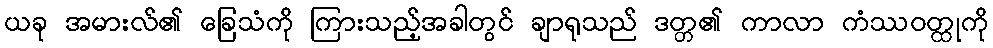
ယခု အမားလ်၏ ခြေသံကို ကြားသည့်အခါတွင် ချာရုသည် ဒတ္တ၏ ကာလာ ကံဿဝတ္ထုကို